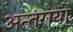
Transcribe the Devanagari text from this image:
अन्तरायों